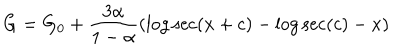
G = G _ { 0 } + \frac { 3 \alpha } { 1 - \alpha } ( \log \sec ( x + c ) - \log \sec ( c ) - x )